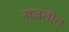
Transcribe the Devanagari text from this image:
गजलील